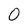
Character: 0